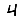
Digit: 4